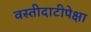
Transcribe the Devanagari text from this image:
वस्तीदाटीपेक्षा